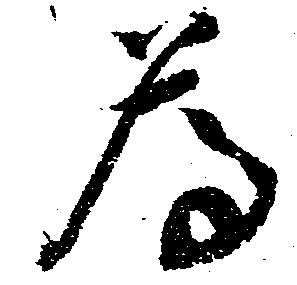
為